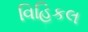
વિહિકલ